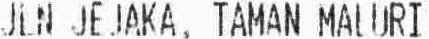
JLN JEJAKA, TAMAN MALURI